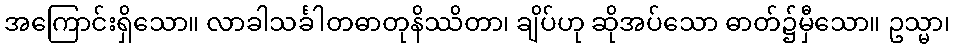
အကြောင်းရှိသော။ လာခါသင်္ခါတဓာတုနိဿိတာ၊ ချိပ်ဟု ဆိုအပ်သော ဓာတ်၌မှီသော။ ဥသ္မာ၊